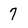
Character: 7